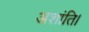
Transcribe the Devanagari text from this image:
अशांति।